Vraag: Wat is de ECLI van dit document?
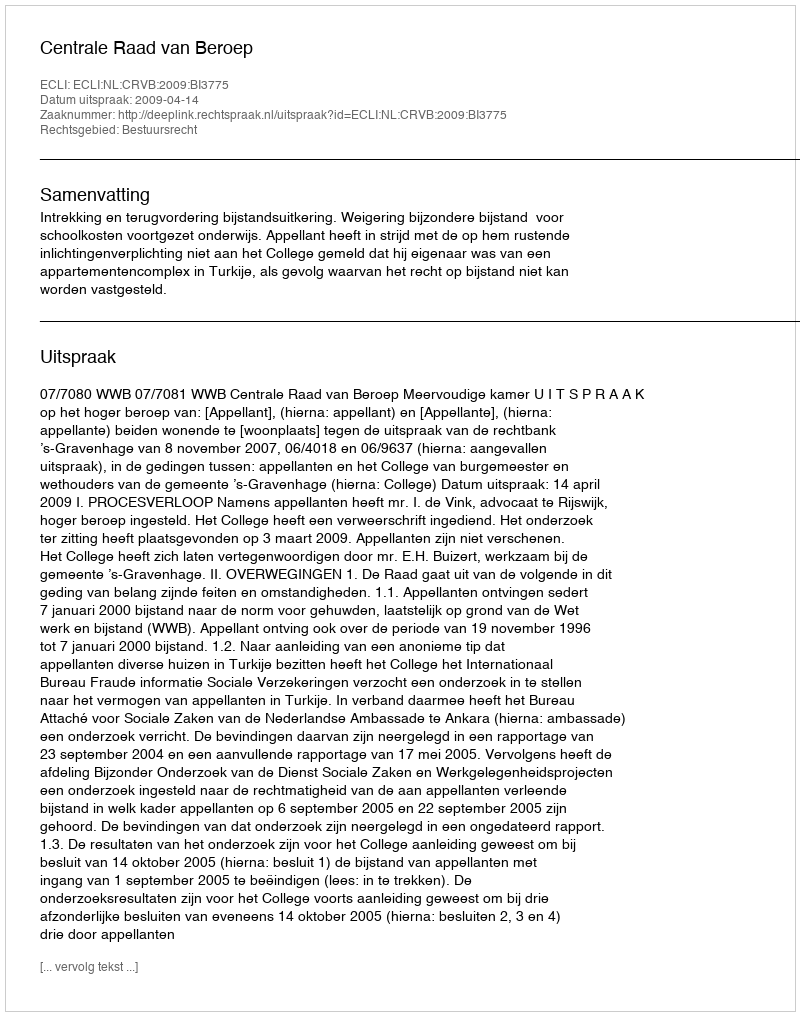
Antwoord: ECLI:NL:CRVB:2009:BI3775